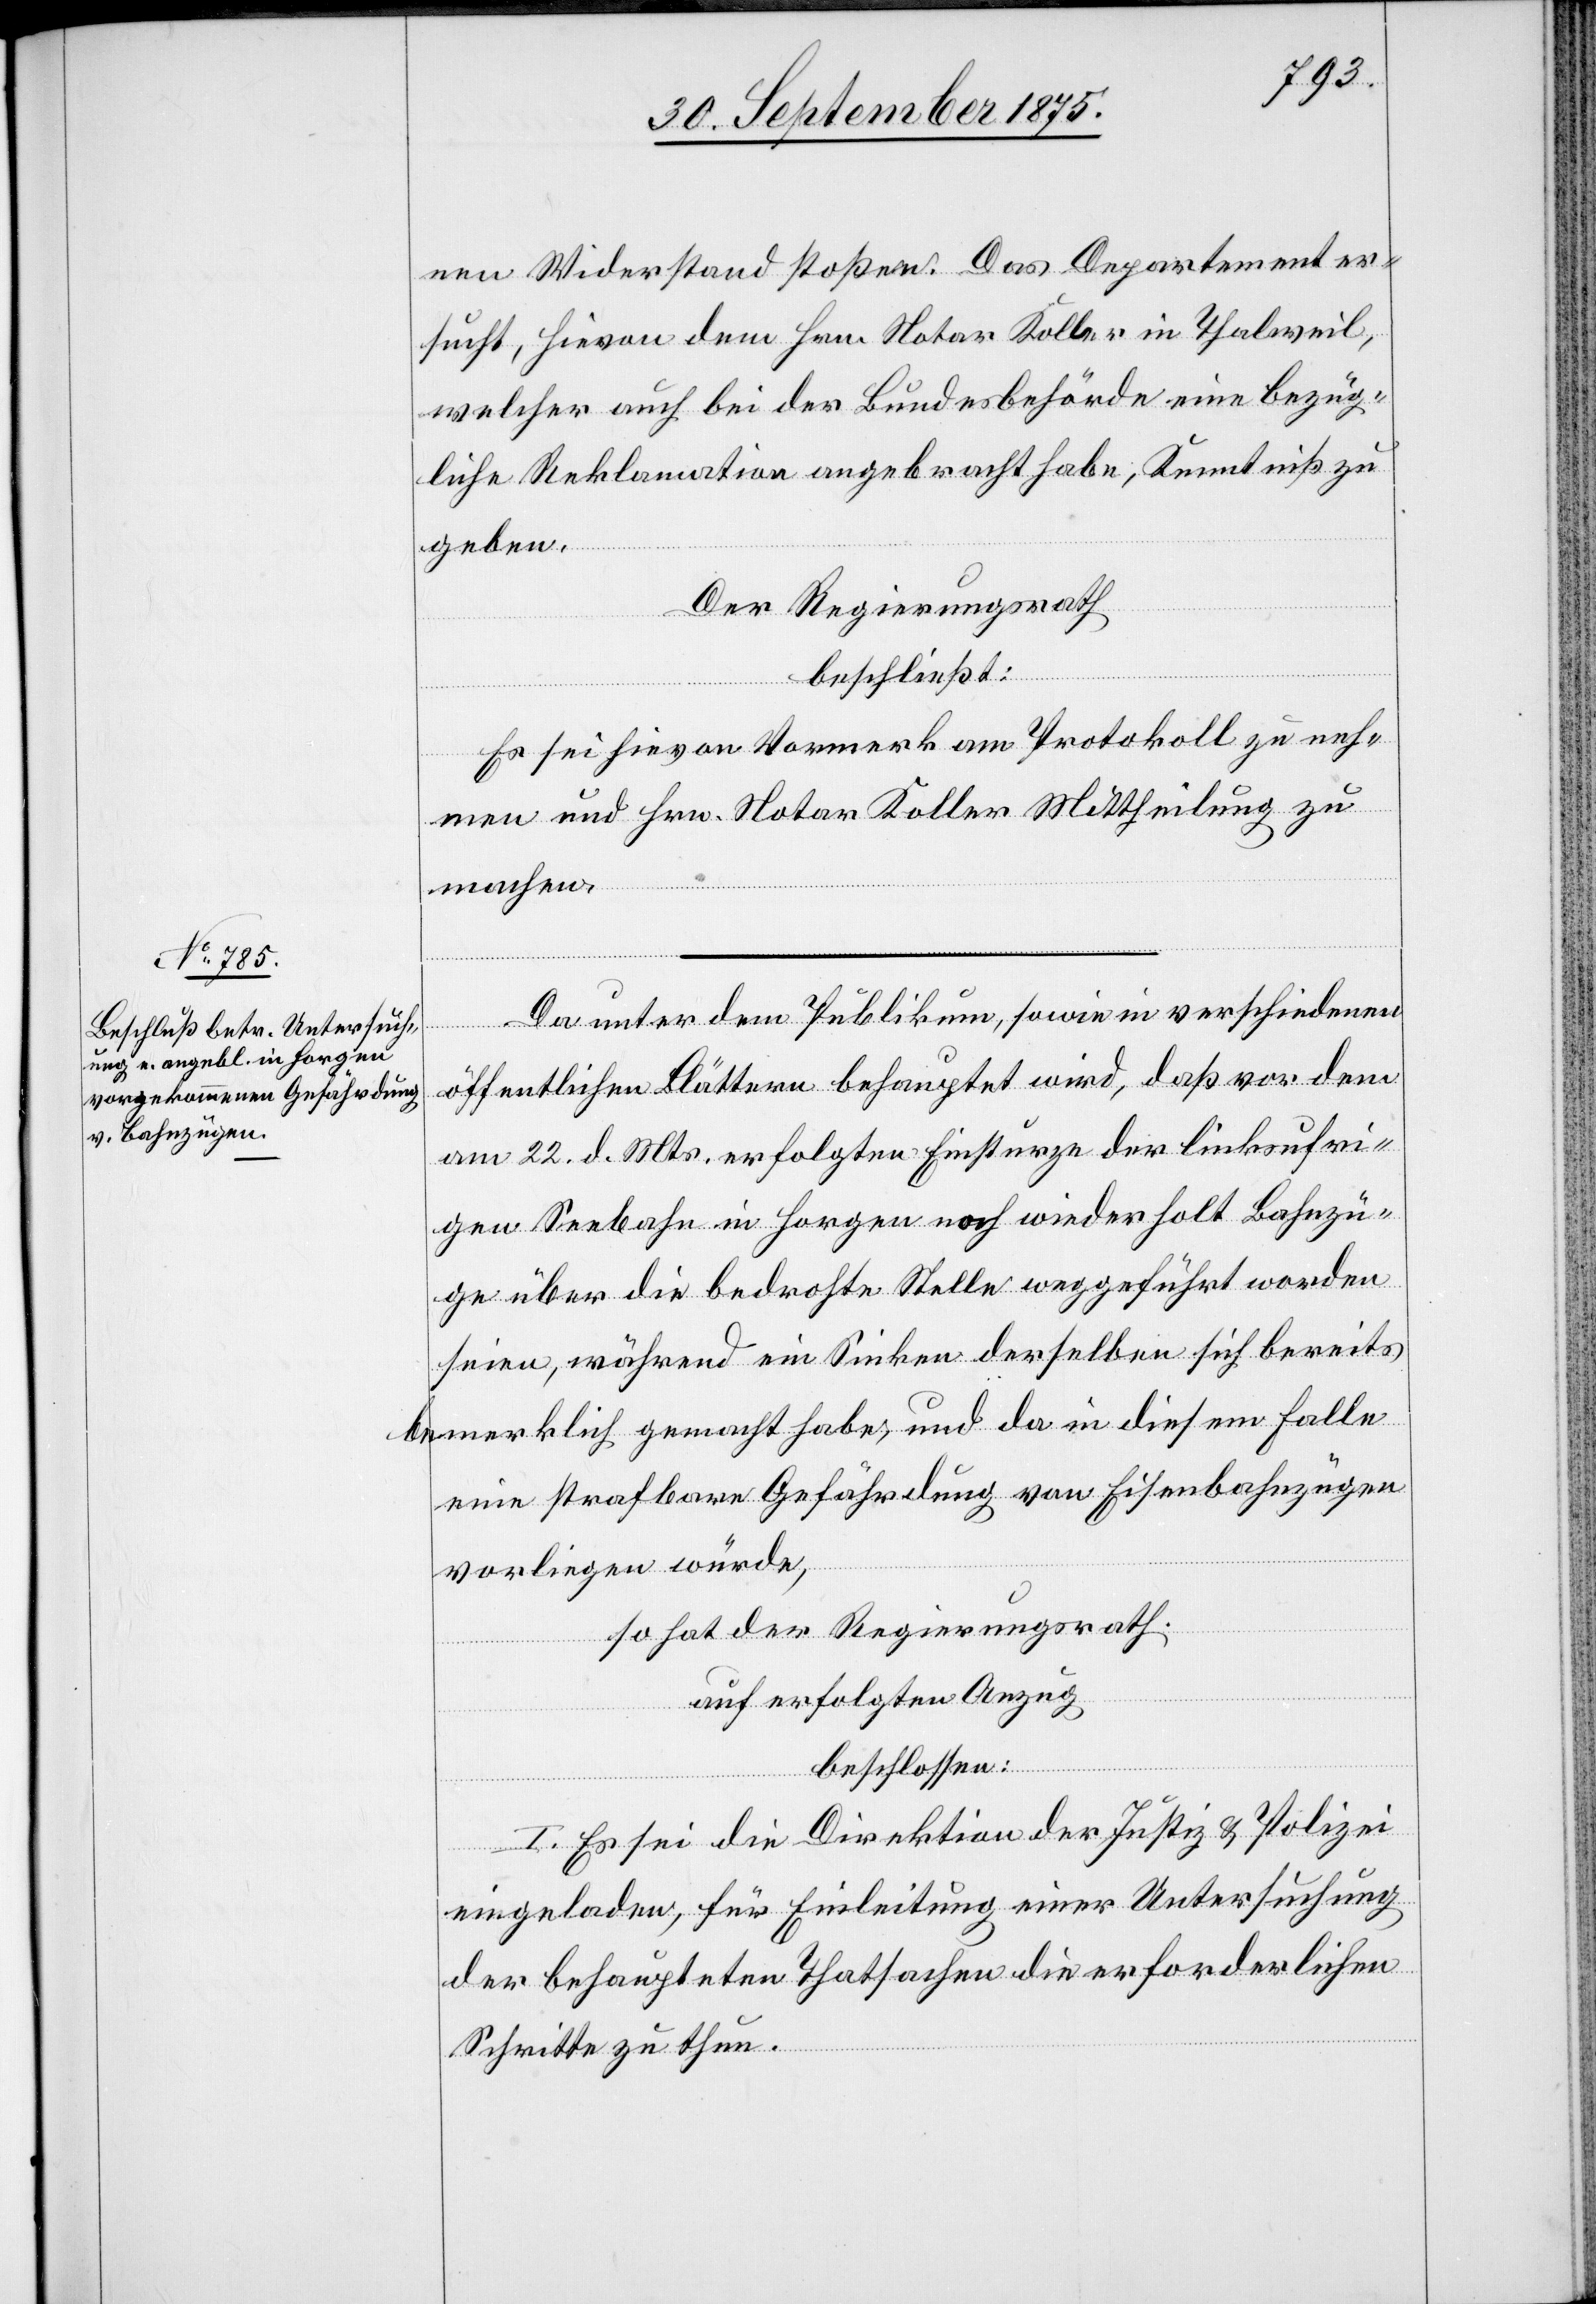
nen Widerstand stoßen. Das Departement er¬
sucht, hievon dem Hrn. Notar Koller in Thalweil,
welcher auch bei der Bundesbehörde eine bezüg¬
liche Reklamation angebracht habe, Kenntniß zu
geben.
Der Regierungsrath
beschließt:
Es sei hievon Vormerk am Protokoll zu neh¬
men und Hrn. Notar Koller Mittheilung zu
machen.
Da unter dem Publikum, sowie in verschiedenen
öffentlichen Blättern behauptet wird, daß vor dem
am 22. d. Mts. erfolgten Einsturze der linksufri¬
gen Seebahn in Horgen noch wiederholt Bahnzü¬
ge über die bedrohte Stelle weggeführt worden
seien, während ein Sinken derselben sich bereits
bemerklich gemacht habe, und da in diesem Falle
eine strafbare Gefährdung von Eisenbahnzügen
vorliegen würde,
so hat der Regierungsrath
auf erfolgten Anzug
beschlossen:
I. Es sei die Direktion der Justiz & Polizei
eingeladen, für Einleitung einer Untersuchung
der behaupteten Thatsachen die erforderlichen
Schritte zu thun.